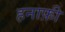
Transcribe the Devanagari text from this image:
हनाफ़ी